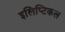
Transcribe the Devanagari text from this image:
इलिप्टिकल